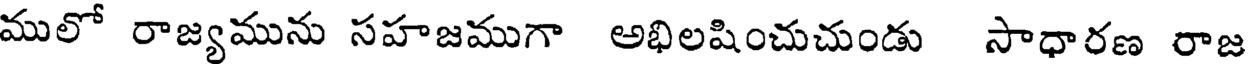
ములో రాజ్యమును సహజముగా అభిలషించుచుండు సాధారణ రాజ